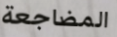
المضاجعة